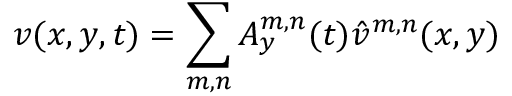
v ( x , y , t ) = \sum _ { m , n } A _ { y } ^ { m , n } ( t ) \hat { v } ^ { m , n } ( x , y )